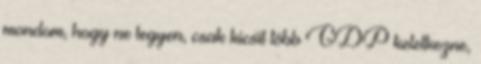
mondom, hogy ne legyen, csak kicsit több GDP keletkezne,